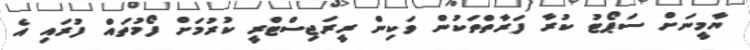
ޔާމީނަށް ސަޕޯޓު ކުރާ ފަރާތްތަކުން ވަކިން ރީރަޖިސްޓްރީ ކުރުމަށް ފޯމުތައް ފުރައި އެ